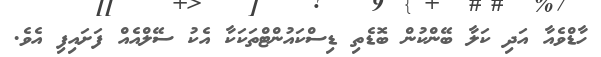
ހާޑްވެއާ އަދި ކަލާ ބޭންކުން ބޮޑެތި ޑިސްކައުންޓްތަކަކާ އެކު ސޭލްއެއް ފަށައިފި އެވެ.